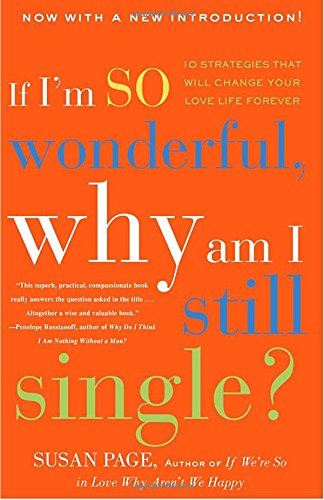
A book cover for If I'm So Wonderful, Why Am I Still Single?: Ten Strategies That Will Change Your Love Life Forever; Susan Page; Self-Help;